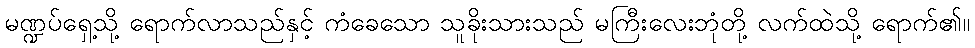
မဏ္ဍပ်ရှေ့သို့ ရောက်လာသည်နှင့် ကံခေသော သူခိုးသားသည် မကြီးလေးဘုံတို့ လက်ထဲသို့ ရောက်၏။